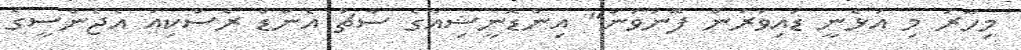
މިހާރު މި އުޅެނީ ޑައިވަރުން ފޮނުވަން" އިންޑޮނީޝިއާގެ ސާޗު އެންޑް ރެސްކިއު އެޖެންސީގެ